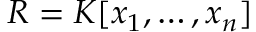
R = K [ x _ { 1 } , \ldots , x _ { n } ]